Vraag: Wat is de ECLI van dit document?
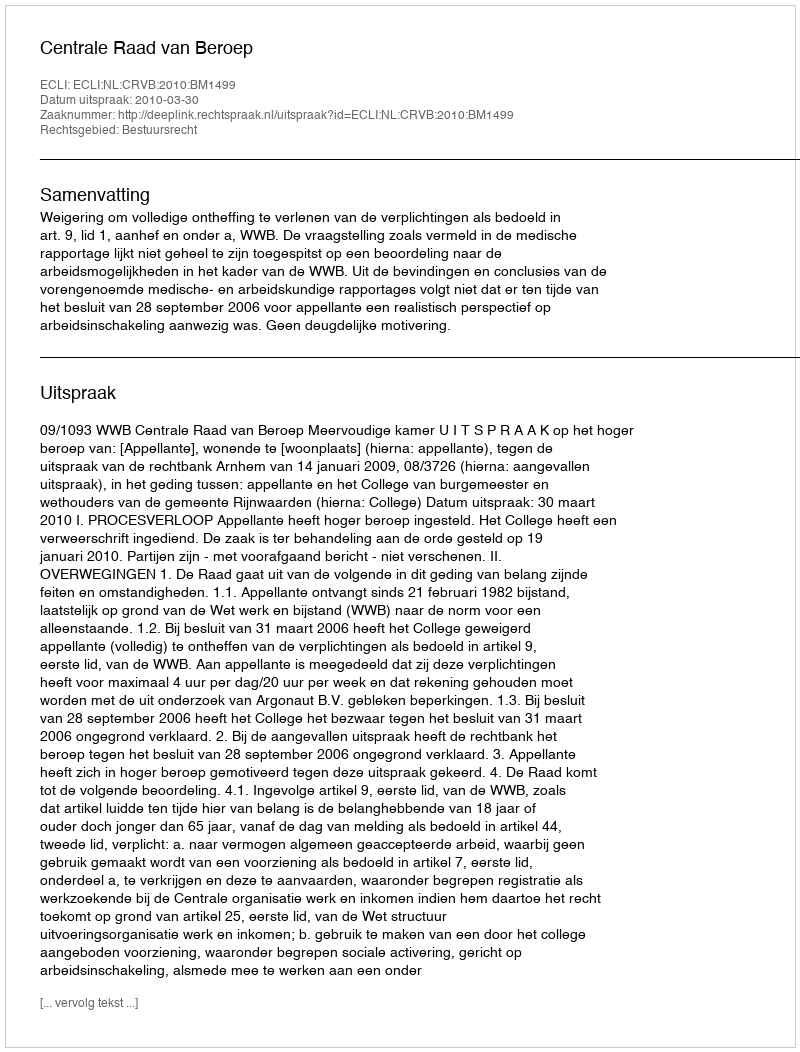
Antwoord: ECLI:NL:CRVB:2010:BM1499